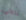
ناكي